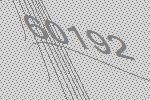
60192